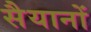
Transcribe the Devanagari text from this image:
सैयानों